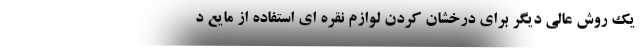
یک روش عالی دیگر برای درخشان کردن لوازم نقره ای استفاده از مایع د